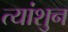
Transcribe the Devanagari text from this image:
त्यांशुन